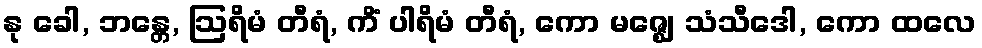
နု ခေါ, ဘန္တေ, ဩရိမံ တီရံ, ကိံ ပါရိမံ တီရံ, ကော မဇ္ဈေ သံသီဒေါ, ကော ထလေ